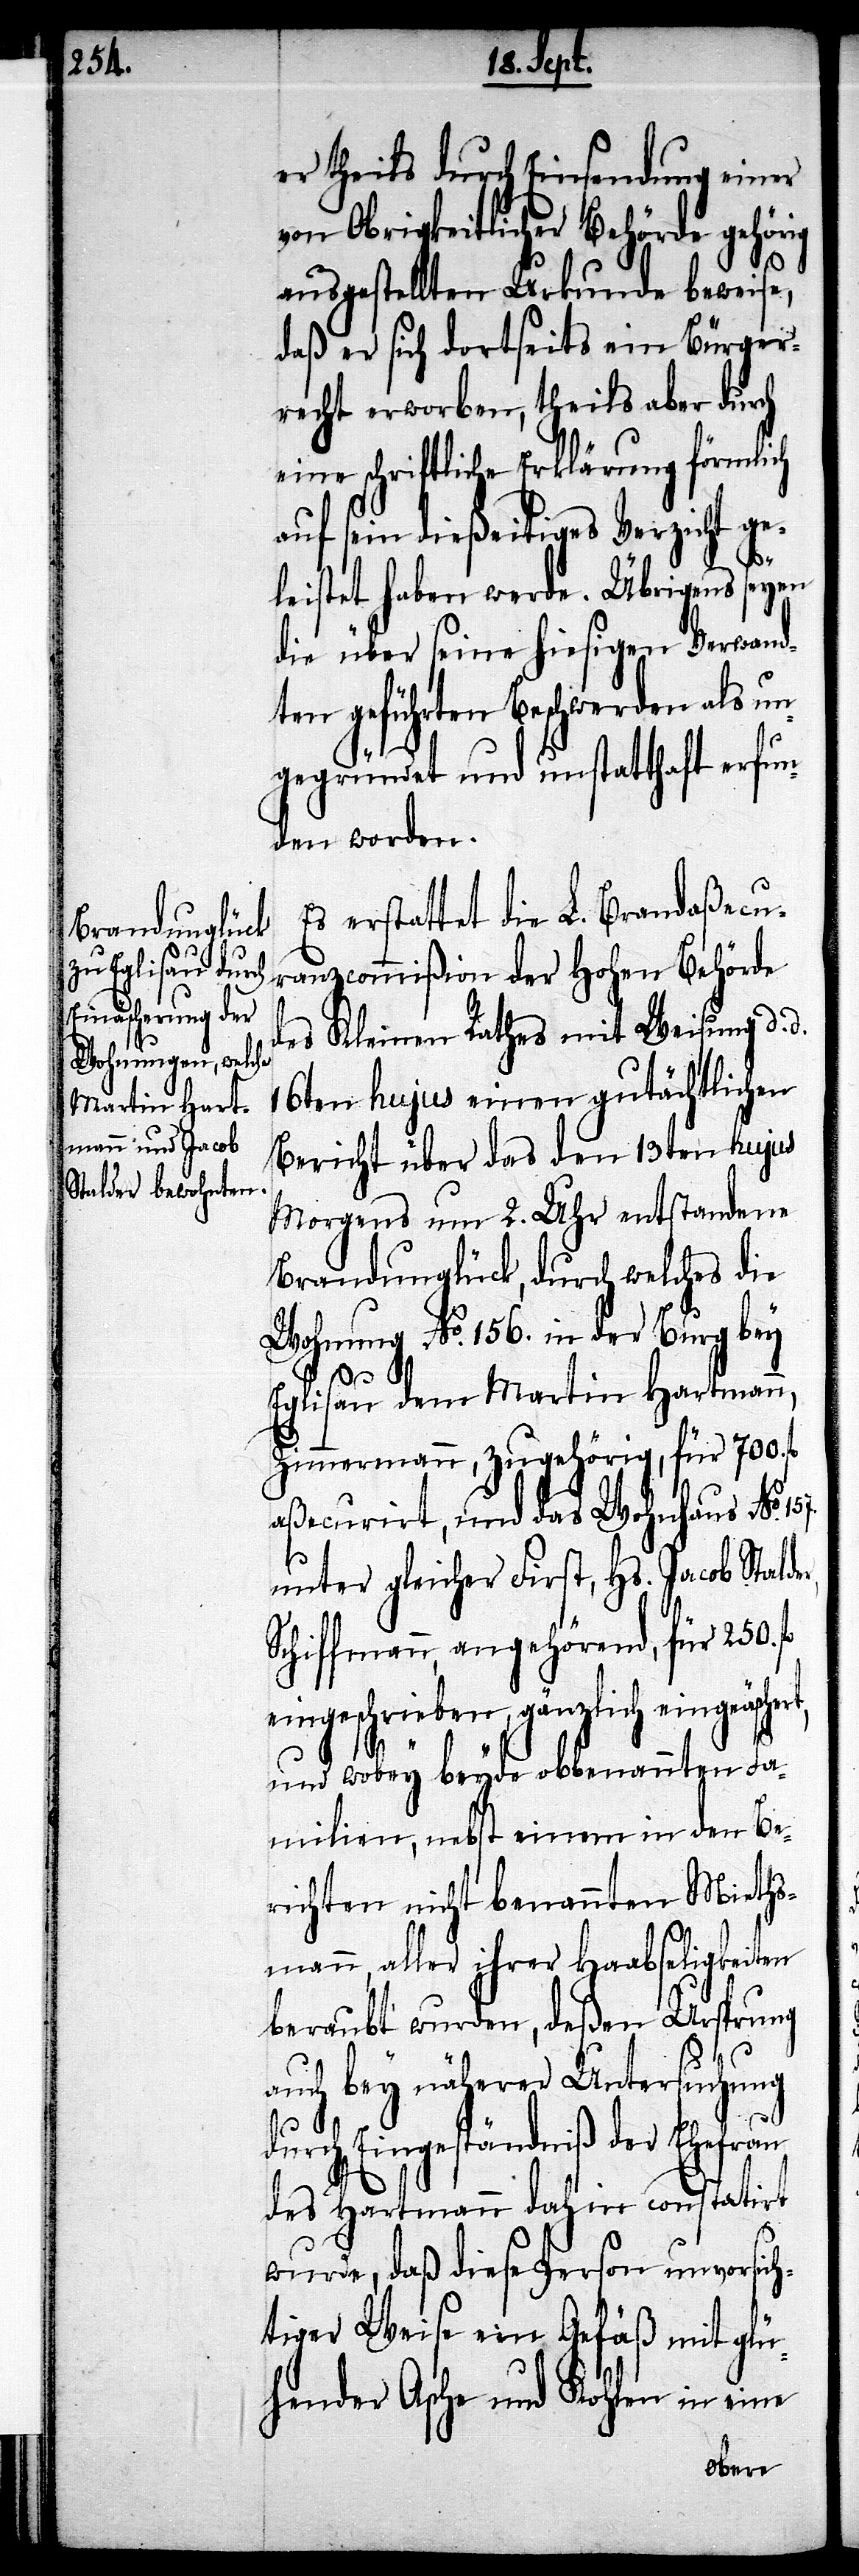
er theils durch Einsendung einer
von Obrigkeitlicher Behörde gehörig
ausgestellten Urkunde beweise,
daß er sich dortseits ein Bürger¬
recht erworben, theils aber durch
eine schriftliche Erklärung förmlich
auf sein dießeitiges Verzicht ge¬
leistet haben werde. Übrigens seyen
die über seine hiesigen Verwand¬
ten geführten Beschwerden als un¬
gegründet und unstatthaft erfun¬
den worden.
Es erstattet die L. Brandaßecu¬
ranzcommißion der hohen Behörde
des Kleinen Rathes mit Weisung d. d.
16ten hujus einen gutächtlichen
Bericht über das den 13ten hujus
Morgens um 2. Uhr entstandene
Brandunglück, durch welches die
Wohnung No. 156. in der Burg bey
Eglisau dem Martin Hartmann,
Zimmermann, zugehörig, für 700.
aßecurirt, und das Wohnhaus No.
unter gleicher First, Hs. Jacob Stalder,
Schiffmann, angehörend, für 250.
eingeschrieben, gänzlich eingeäschert,
und wobey beyde obbenannten Fa¬
milien, nebst einem in den Be¬
richten nicht benannten Mieths¬
mann, aller ihrer Haabseligkeiten
beraubt wurden, deßen Ursprung
157.
auch bey näherer Untersuchung
durch Eingeständniß der Ehefrau
des Hartmann dahin constatirt
wurde, daß diese Person unvorsich¬
tiger Weise ein Gefäß mit glü¬
hender Asche und Kohlen in eine